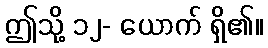
ဤသို့ ၁၂- ယောက် ရှိ၏။